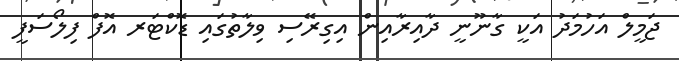
ޖަމީލް އަހުމަދު އަކީ ގާނޫނީ ދާއިރާއިން އިގިރޭސި ވިލާތުގައި ޑޮކްޓަރ އޮފް ފިލޯސަފީ